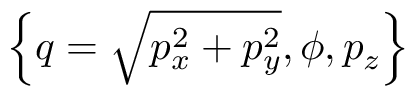
{ \left\{ q = \sqrt { p _ { x } ^ { 2 } + p _ { y } ^ { 2 } } , \phi , p _ { z } \right\} }